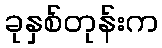
ခုနှစ်တုန်းက